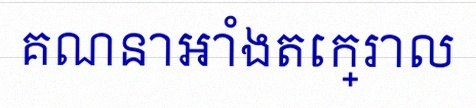
គណនាអាំងតេក្រាល